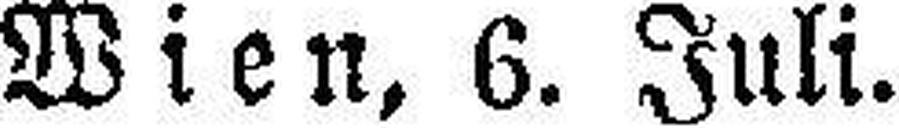
Wien, 6. Juli.